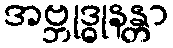
အဗ္ဘုဒ္ဓုနန္တာ